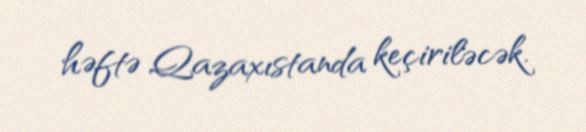
həftə Qazaxıstanda keçiriləcək.